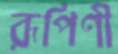
রূপিণী